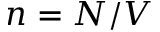
n = N / V